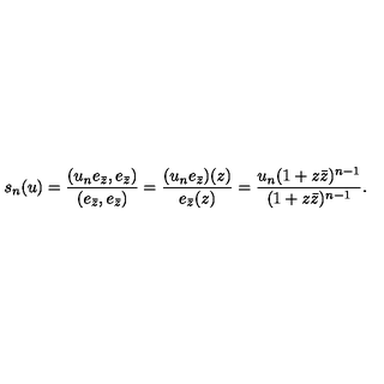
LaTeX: s _ { n } ( u ) = \frac { ( u _ { n } e _ { \bar { z } } , e _ { \bar { z } } ) } { ( e _ { \bar { z } } , e _ { \bar { z } } ) } = \frac { ( u _ { n } e _ { \bar { z } } ) ( z ) } { e _ { \bar { z } } ( z ) } = \frac { u _ { n } ( 1 + z \bar { z } ) ^ { n - 1 } } { ( 1 + z \bar { z } ) ^ { n - 1 } } .